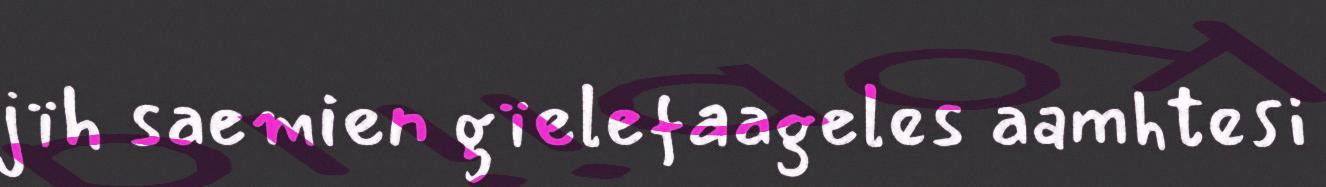
jïh saemien gïelefaageles aamhtesi